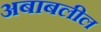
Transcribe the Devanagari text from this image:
अबाबलील